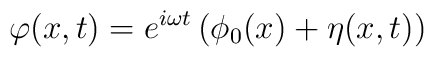
\varphi(x,t) = e^{i\omega t} \left(\phi_0(x) + \eta(x,t)\right)